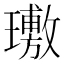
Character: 璷